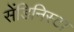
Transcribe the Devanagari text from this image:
सेंडिनिस्टा